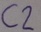
Text: C2